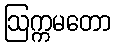
ဩက္ကမတော